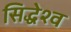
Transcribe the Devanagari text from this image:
सिद्धेश्व